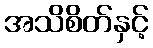
အသိစိတ်နှင့်